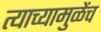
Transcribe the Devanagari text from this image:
त्याच्यामुळेंच